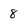
Character: 8